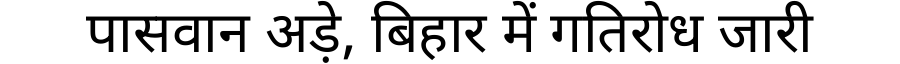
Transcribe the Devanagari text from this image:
पासवान अड़े, बिहार में गतिरोध जारी